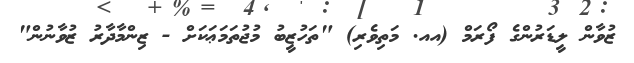
ޒުވާން ލީޑަރުންގެ ފޯރަމް (އއ. މަތިވެރި) "ތަހުޒީބު މުޖުތަމަޢަކަށް - ޒިންމާދާރު ޒުވާނުން"